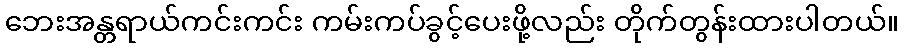
ဘေးအန္တရာယ်ကင်းကင်း ကမ်းကပ်ခွင့်ပေးဖို့လည်း တိုက်တွန်းထားပါတယ်။